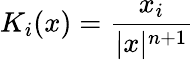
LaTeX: K_{i}(x)={\frac{x_{i}}{|x|^{n+1}}}